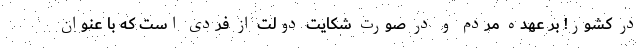
در کشور! بر عهده مردم و در صورت شکایت دولت از فردی است که با عنوان